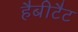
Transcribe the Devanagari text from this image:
हैबीटैट